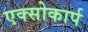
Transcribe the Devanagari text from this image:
एक्सोकार्प